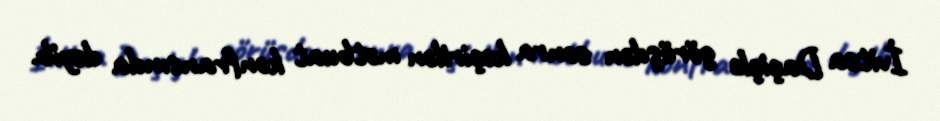
İvitsa Daçiçlә görüşdәn sonra keçirilәn mәtbuat konfransında deyib.